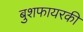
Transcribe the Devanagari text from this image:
बुशफायरकी